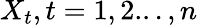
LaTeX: X_{t},t=1,2...,n